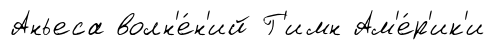
Аньеса волн'е́н'ий Г'имн Ам'е́р'ик'и